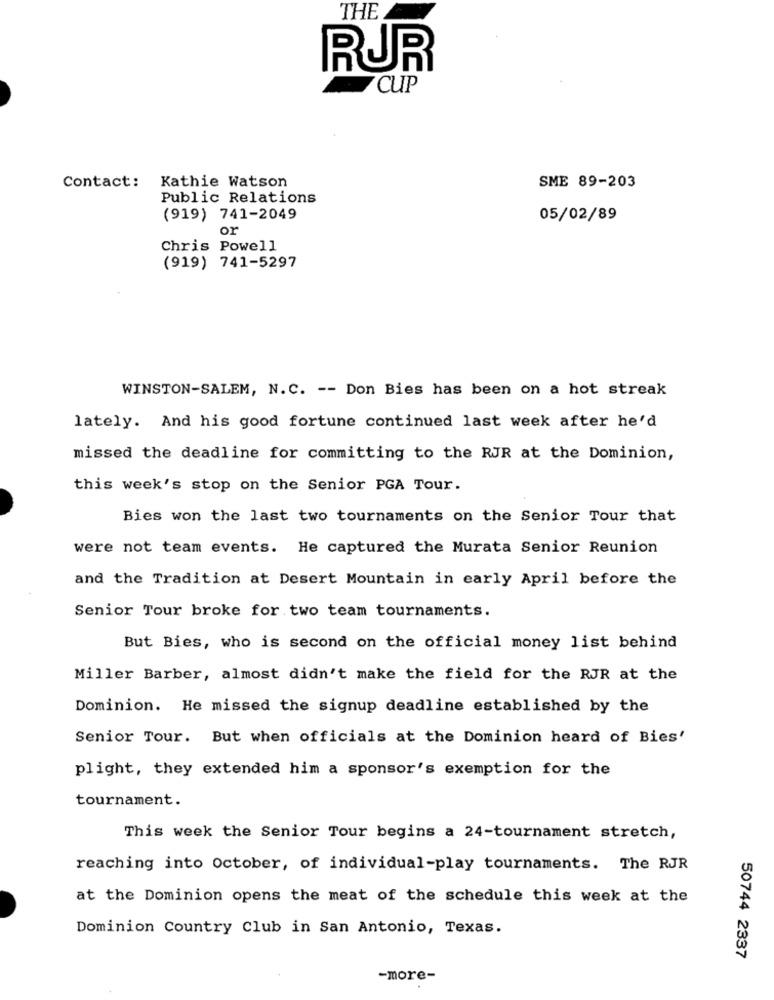
THE
RUR
CUP
Kathie Watson
Contact:
SME 89-203
Public Relations
(919) 741-2049
05/02/89
or
Chris Powell
(919) 741-5297
WINSTON-SALEM, N.C. -- Don Bies has been on a hot streak
lately. And his good fortune continued last week after he'd
missed the deadline for committing to the RJR at the Dominion,
this week's stop on the Senior PGA Tour.
Bies won the last two tournaments on the Senior Tour that
were not team events. He captured the Murata Senior Reunion
and the Tradition at Desert Mountain in early April before the
Senior Tour broke for two team tournaments.
But Bies, who is second on the official money list behind
Miller Barber, almost didn't make the field for the RJR at the
Dominion. He missed the signup deadline established by the
Senior Tour. But when officials at the Dominion heard of Bies'
plight, they extended him a sponsor's exemption for the
tournament.
This week the Senior Tour begins a 24-tournament stretch,
reaching into October, of individual-play tournaments. The RJR
at the Dominion opens the meat of the schedule this week at the
Dominion Country Club in San Antonio, Texas.
50744 2337
-more-